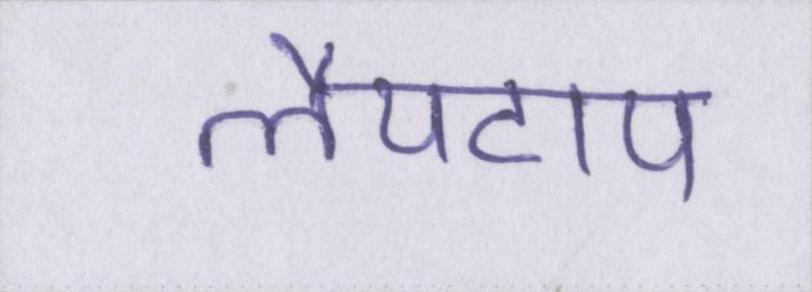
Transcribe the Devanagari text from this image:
लैपटाप